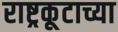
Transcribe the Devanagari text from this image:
राष्ट्रकूटाच्या